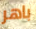
باهر